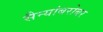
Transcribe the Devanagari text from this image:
सैन्यांबरोबर